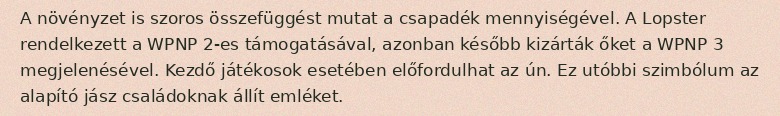
A növényzet is szoros összefüggést mutat a csapadék mennyiségével. A Lopster rendelkezett a WPNP 2-es támogatásával, azonban később kizárták őket a WPNP 3 megjelenésével. Kezdő játékosok esetében előfordulhat az ún. Ez utóbbi szimbólum az alapító jász családoknak állít emléket.